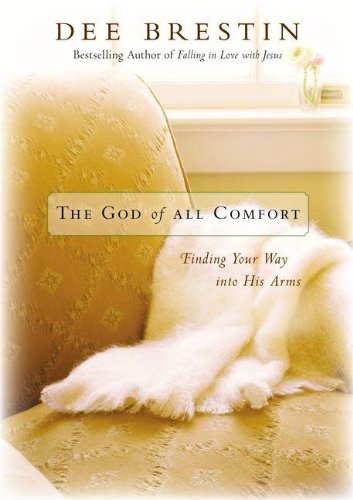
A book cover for The God of All Comfort: Finding Your Way into His Arms; Dee Brestin; Christian Books & Bibles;